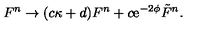
F ^ { n } \rightarrow ( c \kappa + d ) F ^ { n } + c \mathrm { e } ^ { - 2 \phi } { \tilde { F } } ^ { n } .